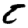
Digit: 5